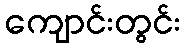
ကျောင်းတွင်း